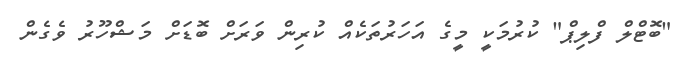
"ބޮޓްލް ފްލިޕް" ކުރުމަކީ މީގެ އަހަރުތަކެއް ކުރިން ވަރަށް ބޮޑަށް މަޝްހޫރު ވެގެން